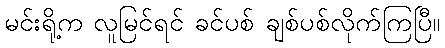
မင်းရို့က လူမြင်ရင် ခင်ပစ် ချစ်ပစ်လိုက်ကြပြီ။